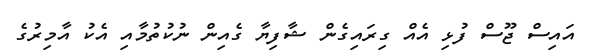
އައިސް ޖޫސް ފުޅި އެއް ގިރައިގެން ޝާފިޔާ ގެއިން ނުކުތުމާއި އެކު އާމިރުގެ